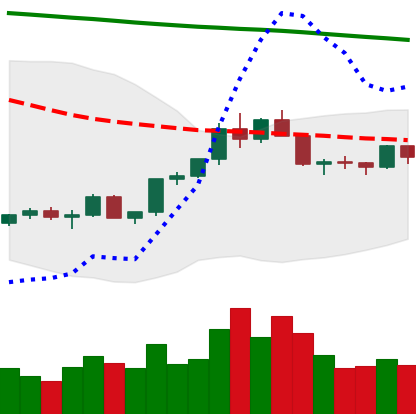
Ticker: LTC-USD
Chart end date: 2022-02-16
Forward return: -19.281%
Label: down_7plus